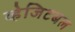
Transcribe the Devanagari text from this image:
व्हेजिटबल